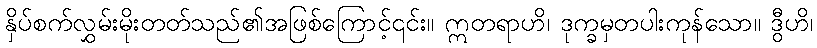
နှိပ်စက်လွှမ်းမိုးတတ်သည်၏အဖြစ်ကြောင့်၎င်း။ ဣတရာဟိ၊ ဒုက္ခမှတပါးကုန်သော။ ဒွီဟိ၊